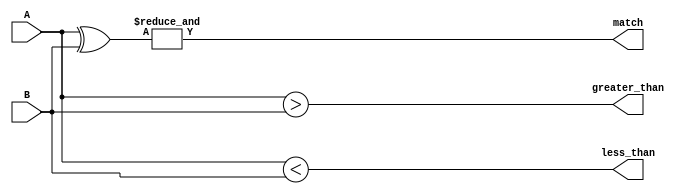
module comparator (
    input [3:0] A,
    input [3:0] B,
    output match,
    output greater_than,
    output less_than
);

wire [3:0] xor_result;
wire and_result;

assign xor_result = A ^ B;
assign and_result = & xor_result;

assign match = and_result;
assign greater_than = (A > B);
assign less_than = (A < B);

endmodule